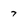
Character: 7